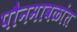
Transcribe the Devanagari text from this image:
पौनमावळांत